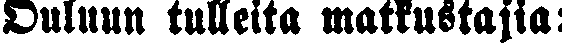
Ouluun tulleita matkustajia: